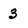
Character: 3